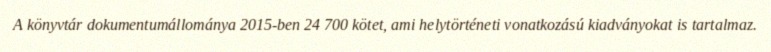
A könyvtár dokumentumállománya 2015-ben 24 700 kötet, ami helytörténeti vonatkozású kiadványokat is tartalmaz.